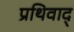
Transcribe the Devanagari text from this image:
प्रथिवाद्